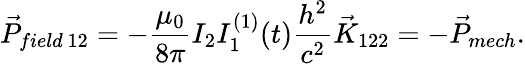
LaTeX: \vec{P}_{field~12}=-\frac{\mu_{0}}{8\pi}I_{2}I_{1}^{(1)}(t)\frac{h^{2}}{c^{2}}\vec{K}_{122}=-\vec{P}_{mech}.